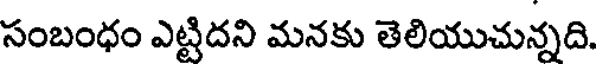
సంబంధం ఎట్టిదని మనకు తెలియుచున్నది.